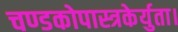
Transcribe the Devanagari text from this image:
चण्डकोपास्त्रकेर्युता।